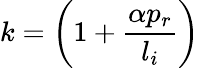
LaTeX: k=\left(1+\frac{\alpha p_{r}}{l_{i}}\right)